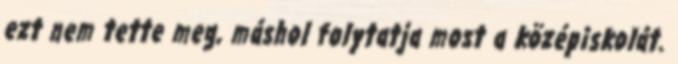
ezt nem tette meg, máshol folytatja most a középiskolát.